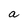
Character: a